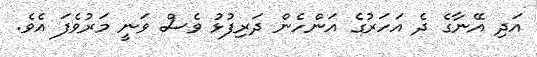
އަދި އޭނާގެ ދެ އަހަރުގެ އަންހެން ދަރިފުޅު ވެސް ވަނީ މަރުވެފަ އެވެ.